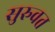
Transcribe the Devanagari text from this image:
सुरुवत